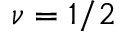
\nu = 1 / 2